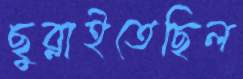
ছুব্‌লাইতেছিল